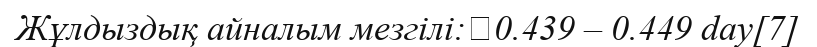
Жұлдыздық айналым мезгілі:	0.439 – 0.449 day[7]